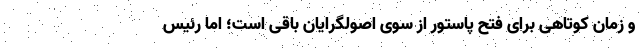
و زمان کوتاهی برای فتح پاستور از سوی اصولگرایان باقی است؛ اما رئیس